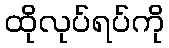
ထိုလုပ်ရပ်ကို